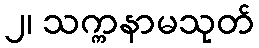
၂၊ သက္ကနာမသုတ်